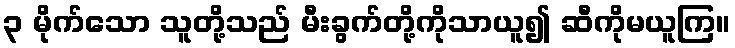
၃ မိုက်သော သူတို့သည် မီးခွက်တို့ကိုသာယူ၍ ဆီကိုမယူကြ။